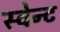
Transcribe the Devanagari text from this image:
स्वेन्ट